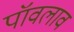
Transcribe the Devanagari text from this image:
पॉवलाव